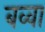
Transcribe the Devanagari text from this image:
बव्वा